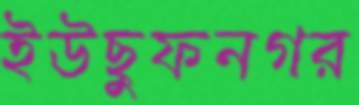
ইউছুফনগর